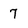
Character: 7